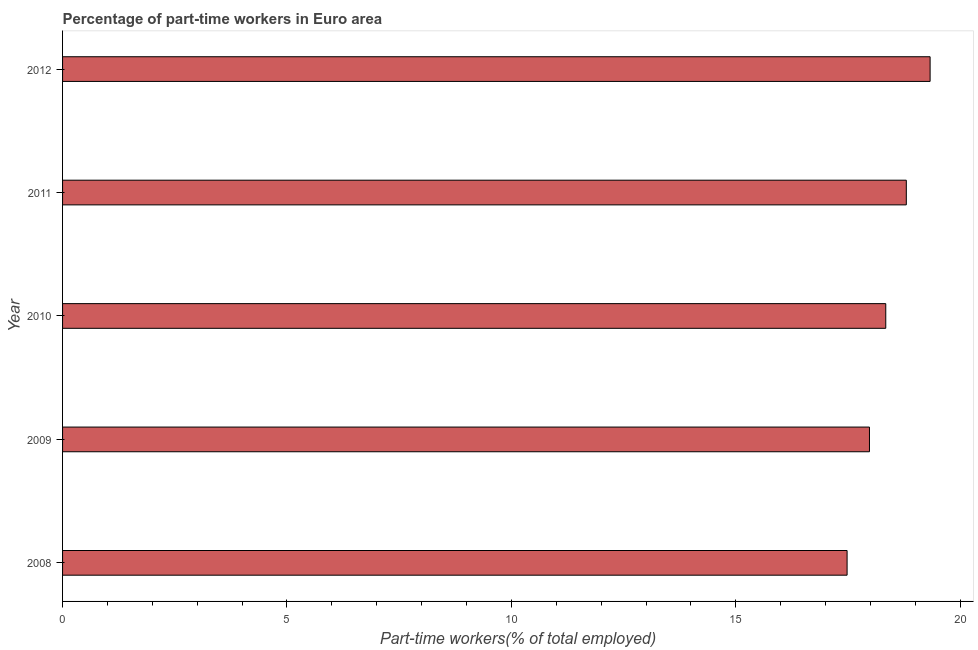
| Year | Part time employment |
 | --- | --- |
 | 2008 | 17.5 |
 | 2009 | 18 |
 | 2010 | 18.3 |
 | 2011 | 18.8 |
 | 2012 | 19.3 |